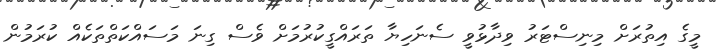
މީގެ އިތުރަށް މިނިސްޓަރު ވިދާޅުވީ ސެނަހިޔާ ތަަރައްގީކުރުމަށް ވެސް ގިނަ މަސައްކަތްތަކެއް ކުރަމުން